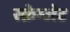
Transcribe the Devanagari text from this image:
स्क्रेम्जेट